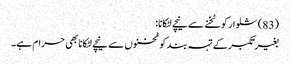
(83) شلوار کو ٹخنے سے نیچے لٹکانا:
بغیر تکبر کے تہہ بند کو ٹخنوں سے نیچے لٹکانا بھی حرام ہے۔